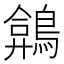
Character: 𪂻